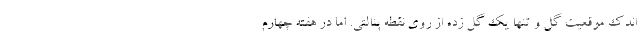
اندک موقعیت گل و تنها یک گل زده از روی نقطه پنالتی. اما در هفته چهارم